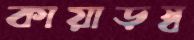
কায়াড়স্ব